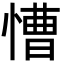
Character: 慒